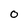
Character: O